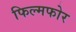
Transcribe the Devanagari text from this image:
फिल्मफोर